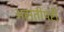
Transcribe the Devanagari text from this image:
असतीपरी